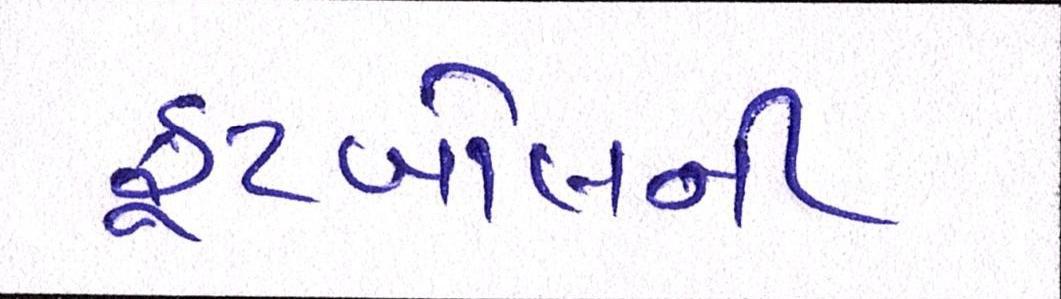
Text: ફૂટબોલની